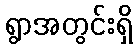
ရွာအတွင်းရှိ